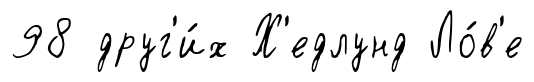
98 друг'и́х Х'едлунд Ло́в'е